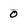
Character: 0